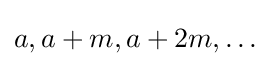
a,a+m,a+2m,\ldots